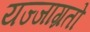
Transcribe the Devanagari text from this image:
यज्जाग्रतो